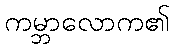
ကမ္ဘာလောက၏